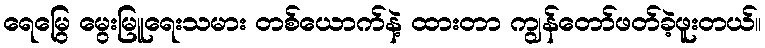
ရေမြွေ မွေးမြူရေးသမား တစ်ယောက်နဲ့ ထားတာ ကျွန်တော်ဖတ်ခဲ့ဖူးတယ်။